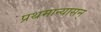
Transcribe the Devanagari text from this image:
प्रथमान्यासन्